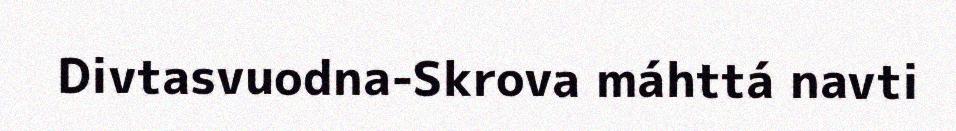
Divtasvuodna-Skrova máhttá navti